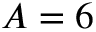
A = 6